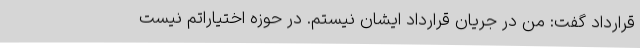
قرارداد گفت: من در جریان قرارداد ایشان نیستم. در حوزه اختیاراتم نیست